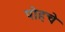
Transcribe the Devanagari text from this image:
पोहचे